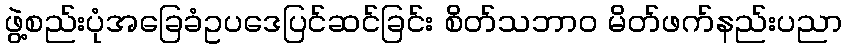
ဖွဲ့စည်းပုံအခြေခံဥပဒေပြင်ဆင်ခြင်း စိတ်သဘာဝ မိတ်ဖက်နည်းပညာ